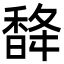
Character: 𮩨